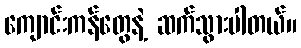
ကျောင်းကန်တွေနဲ့ ဆက်သွားပါတယ်။